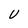
Character: U